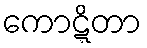
ကောဋ္ဋိတာ